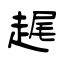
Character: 趘